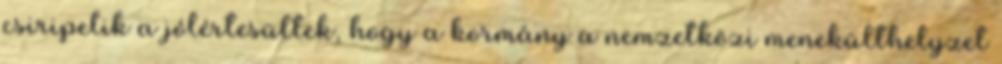
csiripelik a jólértesültek, hogy a kormány a nemzetközi menekülthelyzet